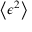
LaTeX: \left\langle \epsilon ^ { 2 } \right\rangle